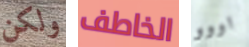
ولكن الخاطف اووو